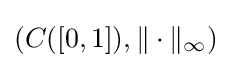
\left(C([0,1]),\|\cdot \|_{\infty }\right)